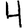
Digit: 4